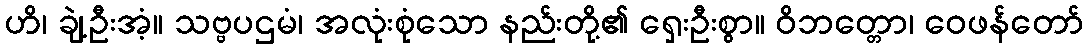
ဟိ၊ ချဲ့ဦးအံ့။ သဗ္ဗပဌမံ၊ အလုံးစုံသော နည်းတို့၏ ရှေးဦးစွာ။ ဝိဘတ္တော၊ ဝေဖန်တော်